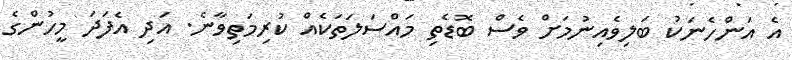
އެ އަންހެނަކު ބަލިވެއިނުމަށް ވެސް ބޮޑެތި މައްސަލަތަކެއް ކުރިމަތިވާނެ. އަދި އެފަދަ މީހުންގެ